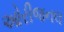
ઓરીજનલ